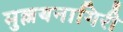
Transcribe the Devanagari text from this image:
मुल्लयनागिरी